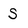
Character: S